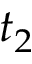
t _ { 2 }